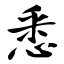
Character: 悉